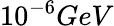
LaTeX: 10^{-6}GeV